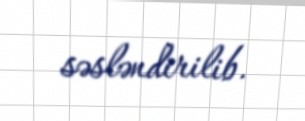
səsləndirilib.